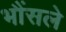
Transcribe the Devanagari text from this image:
भौंसले